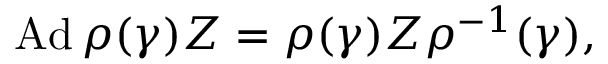
\mathrm { A d } \, \rho ( \gamma ) Z = \rho ( \gamma ) Z \rho ^ { - 1 } ( \gamma ) ,